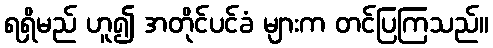
ရရှိမည် ဟူ၍ အတိုင်ပင်ခံ များက တင်ပြကြသည်။